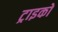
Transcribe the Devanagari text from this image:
ट्राइको